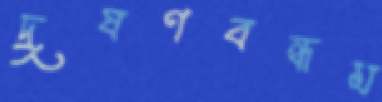
দূষণবন্ধম